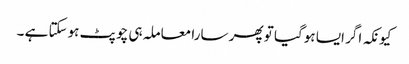
کیونکہ اگر ایسا ہوگیا تو پھر سارا معاملہ ہی چوپٹ ہوسکتا ہے ۔